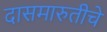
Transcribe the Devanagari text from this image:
दासमारुतीचे